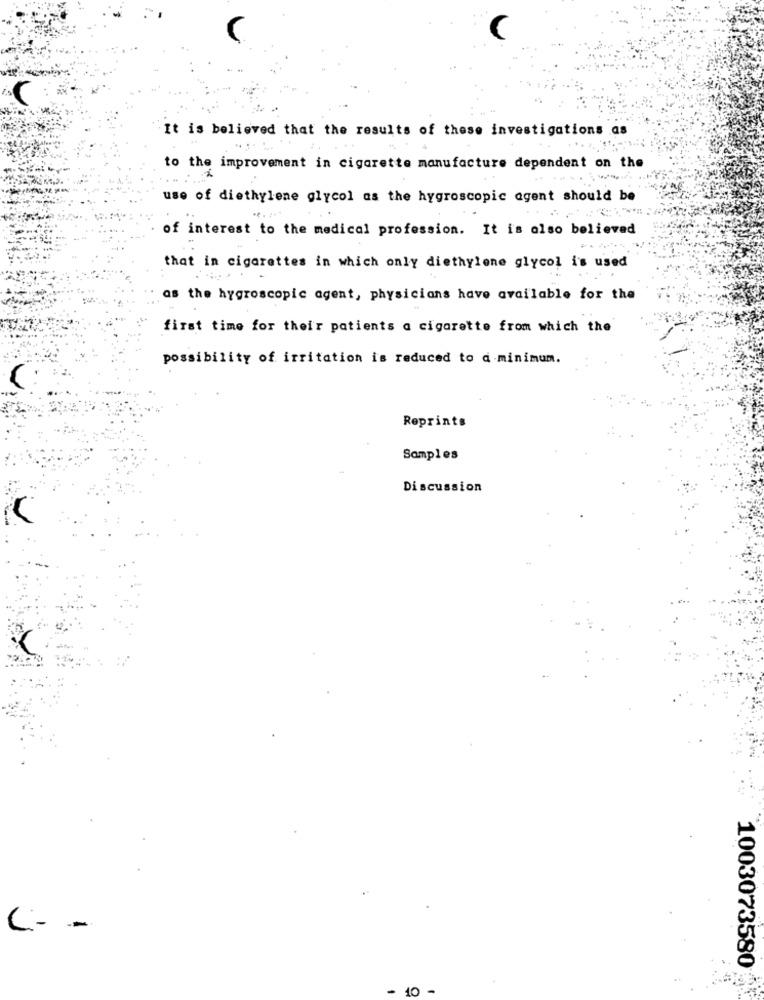
It is believed that the results of these investigations as
to the improvement in cigarette manufacture dependent on the
use of diethylene glycol as the hygroscopic agent should be
of interest to the medical profession. It is also believed
that in cigarettes in which only diethylene glycol i's used
as the hygroscopic agent, physicians have available for the
first time for their patients a cigarette from which the
possibility of irritation is reduced to a minimum.
Reprints
Samples
Discussion
C.
1003073580
- 10